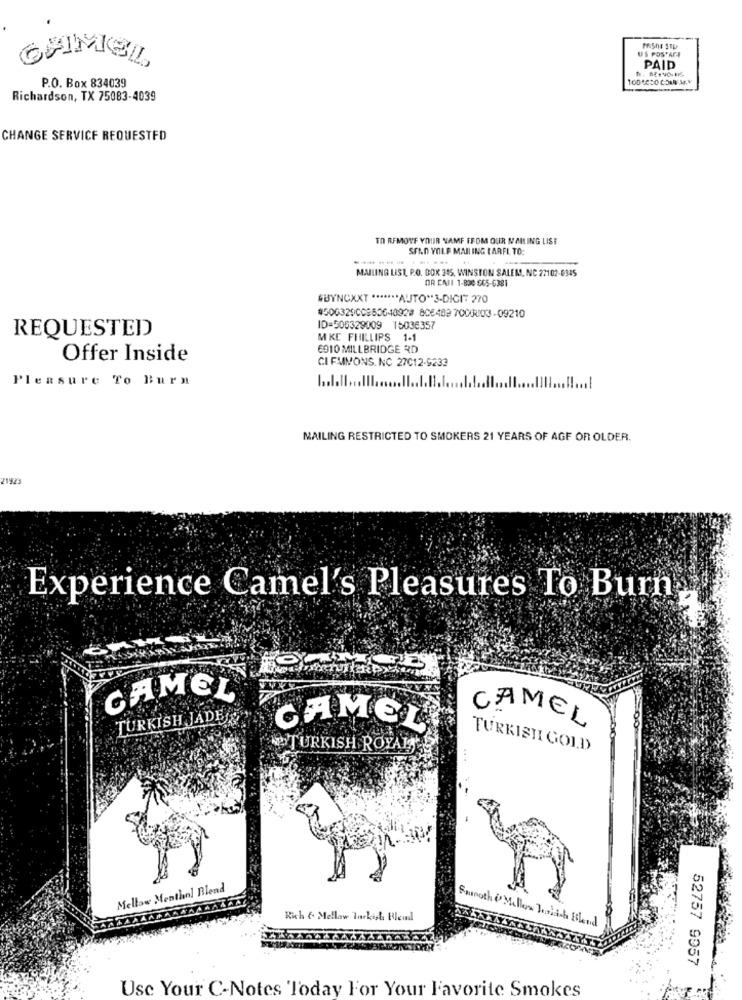
US POS' ACF
CHMEL
PAID
P.O. Box 834039
Richardson, TX 75083-4039
CHANGE SERVICE REQUESTFD
TO REMOVE YOUR NAME FFOM OUR MAILING LIST
SEAD VOLA MAILING CARFL TO:
MAILING LIST, P.O. DOK 315, WINSTON SALEM, NC 27102-6345
OR CASI 1-830-505-6381
GUYNOXXT ******* AUTO"3-DIGIT 270
#5003290036064092# 806482 7000003-09210
ID=505329009 15036357
REQUESTED
MKE PHILLIPS 1-1
6910 MILLBRIDGE RD
Offer Inside
CI FMMONS. NC 27012-9233
Pleasure To Burn
... l
MAILING RESTRICTED TO SMOKERS 21 YEARS OF AGE OR OLDER.
1923
Experience Camel's Pleasures To Burn
CAMEL
TURKISH JAD
CAMEL
CAMEL
TURKISH ROYAL
TURKISHI GOLD
Mellow Menthol Blend
Rich & Mellow Turkish Bleil
Fannoth & Mellow Jordisk Blend
52757 9957
Usc Your C-Notes Today For Your Favorite Smokes